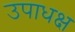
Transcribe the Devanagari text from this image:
उपाधक्ष